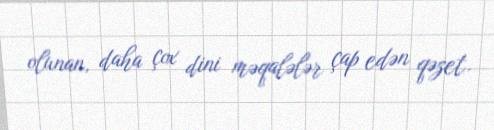
olunan, daha çox dini məqalələr çap edən qəzet.